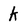
Character: K